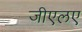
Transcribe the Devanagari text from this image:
जीएलए